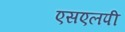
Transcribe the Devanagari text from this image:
एसएलपी